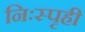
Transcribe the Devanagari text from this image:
निःस्पृही